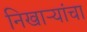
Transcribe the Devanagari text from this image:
निखाऱ्यांचा